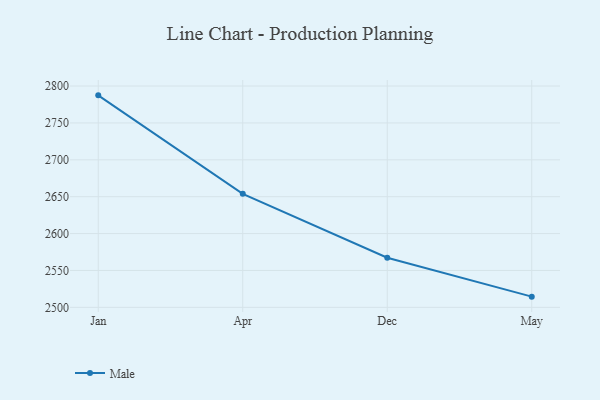
{"axis": {"x": "Month", "y": "LTV (USD)"}, "legend": ["Male"], "data": [{"x": "Jan", "y": 2787.4, "type": "Male"}, {"x": "Apr", "y": 2653.9, "type": "Male"}, {"x": "Dec", "y": 2567.3, "type": "Male"}, {"x": "May", "y": 2514.5, "type": "Male"}]}